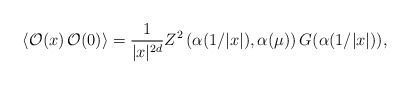
\begin{align*}\langle {\cal O}(x)\,{\cal O}(0)\rangle ={\frac{1}{|x|^{2d}}}Z^{2}\left(\alpha (1/|x|),\alpha (\mu )\right) G(\alpha (1/|x|)), \end{align*}